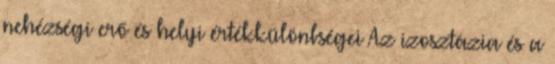
nehézségi erő és helyi értékkülönbségei Az izosztázia és a